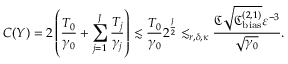
{ \cal C } ( { \cal Y } ) = 2 \left( \frac { T _ { 0 } } { \gamma _ { 0 } } + \sum _ { j = 1 } ^ { J } \frac { T _ { j } } { \gamma _ { j } } \right) \lesssim \frac { T _ { 0 } } { \gamma _ { 0 } } 2 ^ { \frac { J } { 2 } } \lesssim _ { r , \delta , \kappa } \frac { \mathfrak { C } \sqrt { \mathfrak { C _ { \mathrm { b i a s } } ^ { ( 2 , 1 ) } } } \varepsilon ^ { - 3 } } { \sqrt { \gamma _ { 0 } } } .